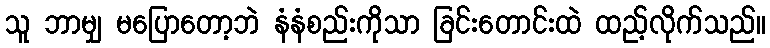
သူ ဘာမျှ မပြောတော့ဘဲ နံနံစည်းကိုသာ ခြင်းတောင်းထဲ ထည့်လိုက်သည်။